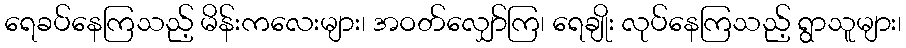
ရေခပ်နေကြသည့် မိန်းကလေးများ၊ အဝတ်လျှော်ကြ၊ ရေချိုး လုပ်နေကြသည့် ရွာသူများ၊